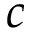
c